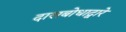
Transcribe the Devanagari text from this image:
दासबोधाद्वारे